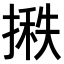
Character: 𪮞